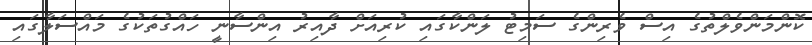
ކޮންމަންވެލްތުގެ އިސް ވެރިންގެ ސަމިޓު ލަންކާގައި ކުރިއަށް ދާއިރު އިންސާނީ ހައްގުތަކުގެ މައްސަލާގައި